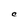
Character: C